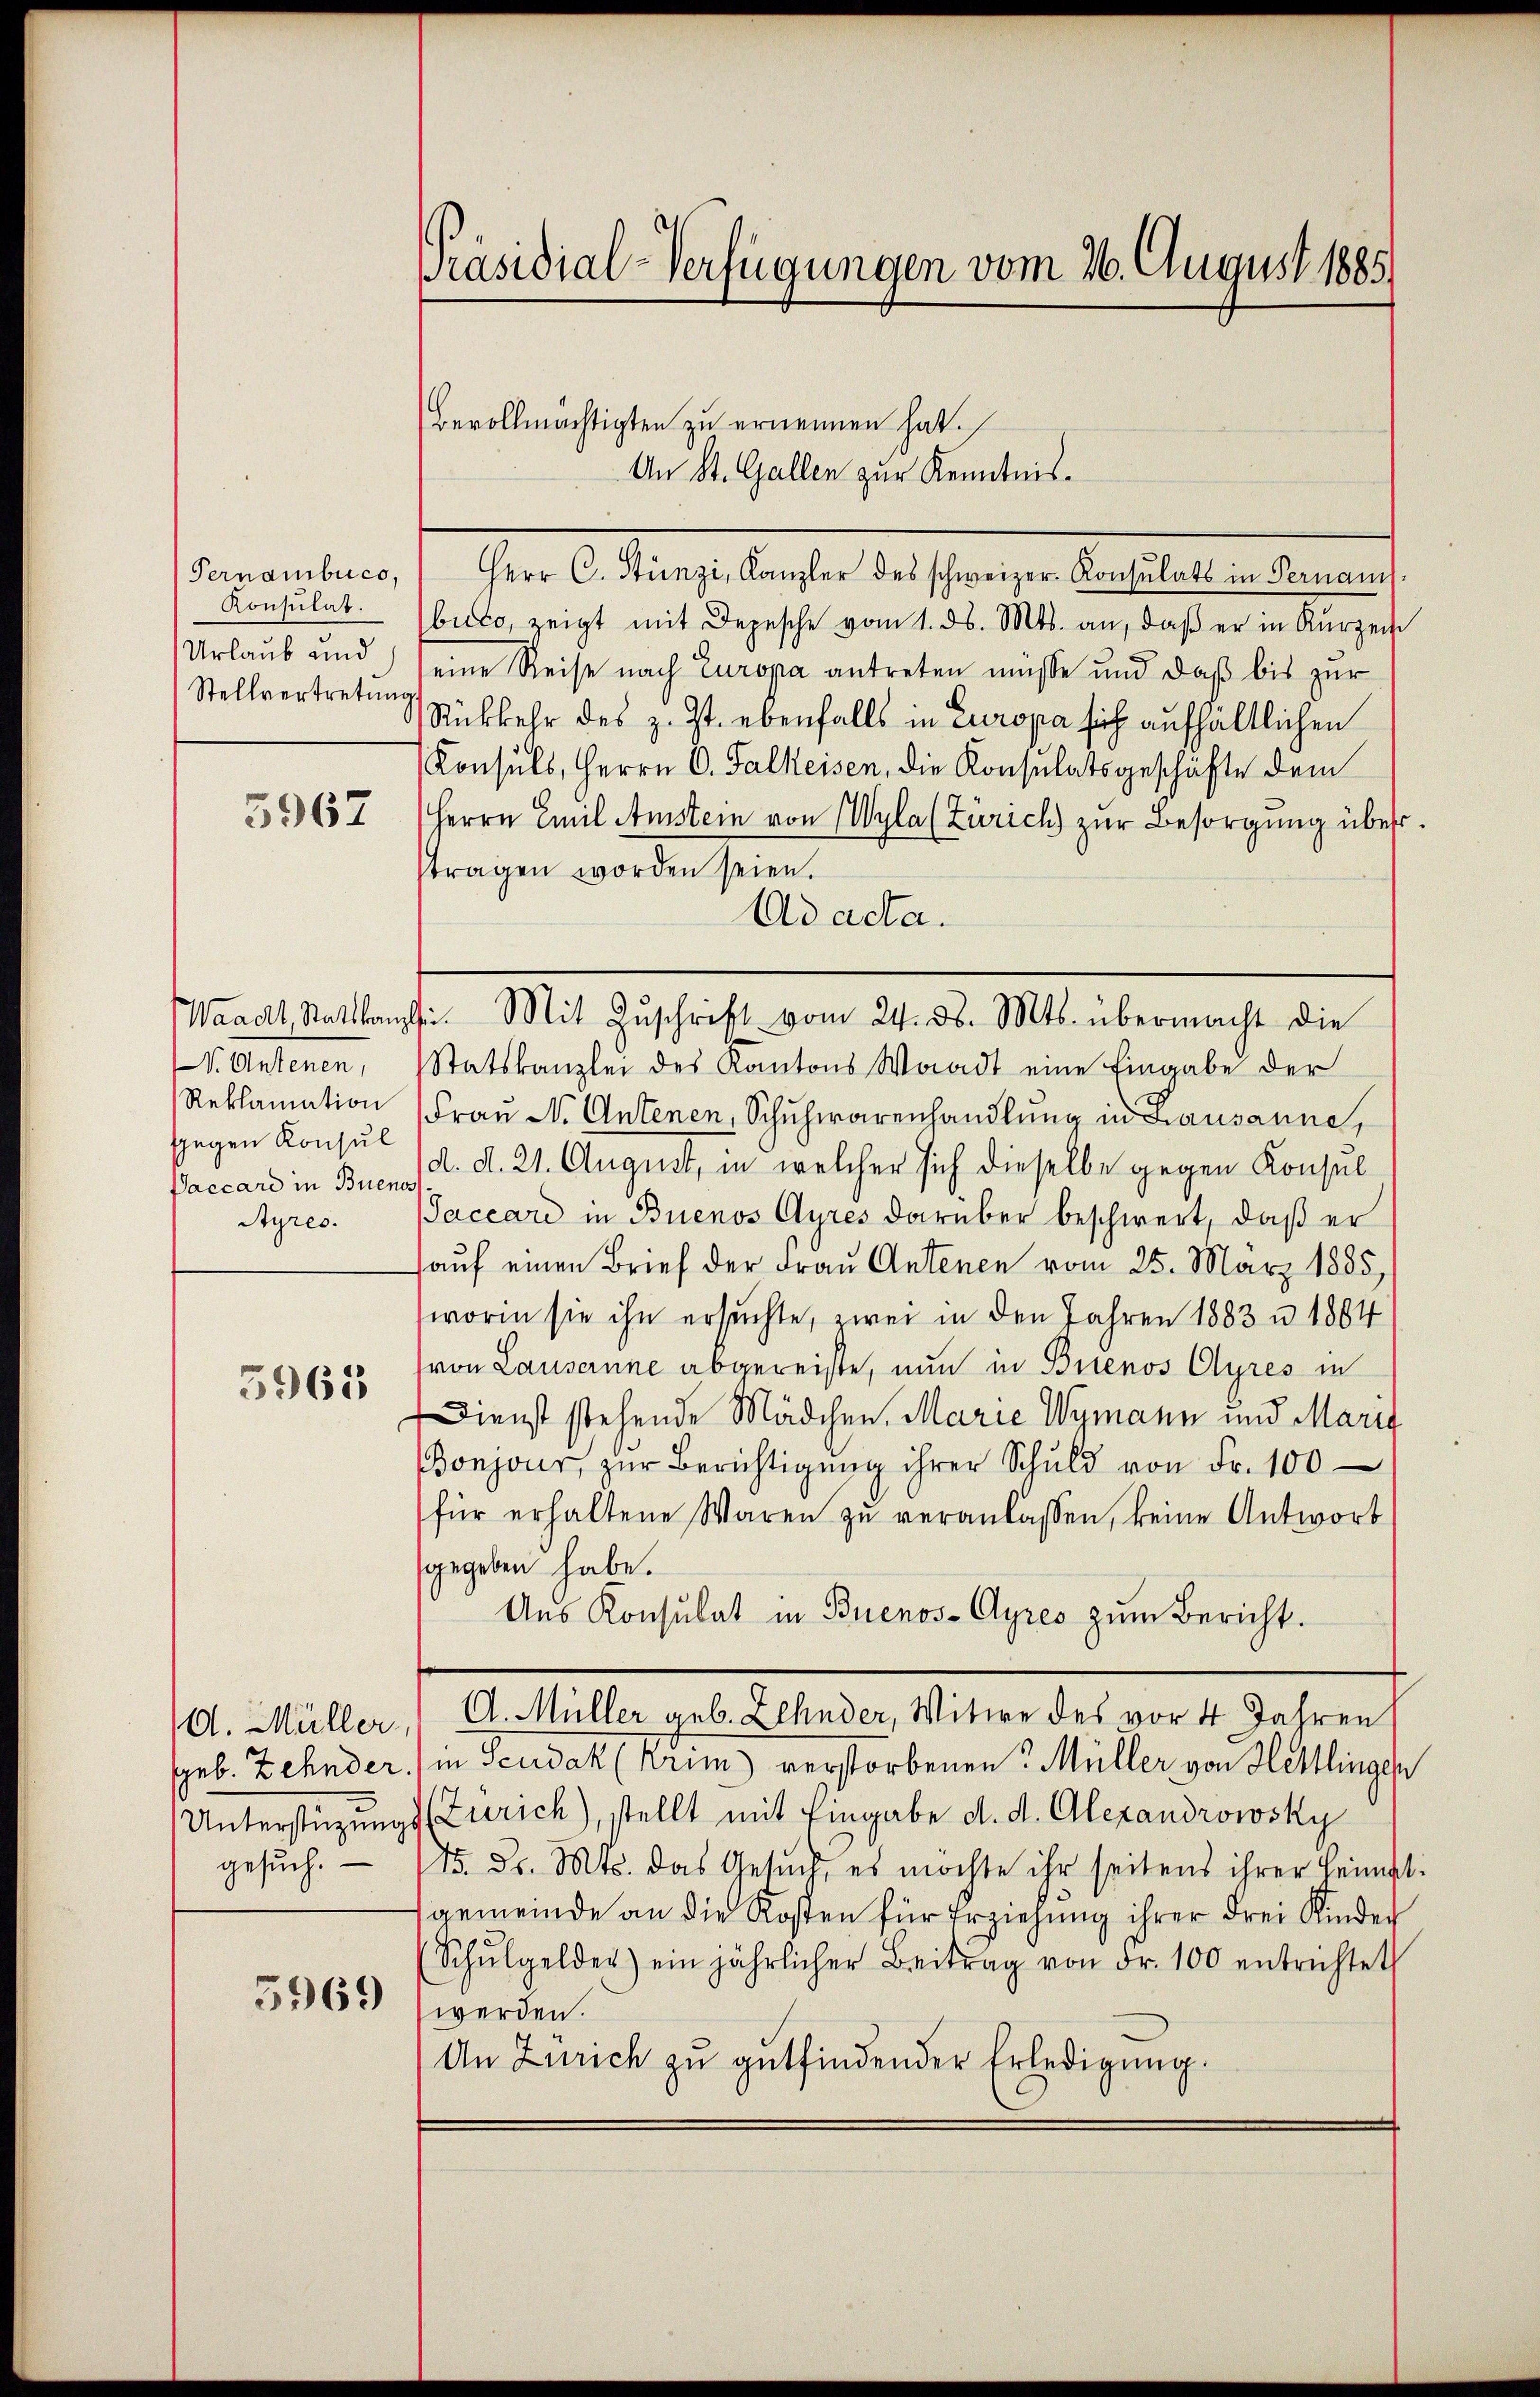
Pernambucs,
Konsulat.
Stellvertretŭng

5967

N. Anstenen,
gegen Konsul
Styres.

5961

gesuch.

5969

Präsidial-Verfügungen vom 26. August 1885)

Herr C. Stünzi, Kanzler des schweizer. Konsulats in Pernann-
buto, zeigt mit Depesche vom 1. ds. Mts. an, daβ er in Kurzen
Urlaub und eine Reise nach Europa antreten müsse und daß bis zur
Rückkehr des z. Zt. ebenfalls in Europa sich aufhaltlichen
Konsuls, Herrn C. Falkeisen, die Konsulatsgeschäfte dem
Herrn Emil Amstein von Wyla (Zürich zur Besorgung übertragen worden seien.
Ad acta.
Statskanzlei des Kantons Waadt eine Eingabe der
Reklamation Fraŭ N. Antenen, Schuhwarenhandlŭng in Lausanne,
Vaccard in Bueno d. d. 21. August, in welcher sich dieselbe gegen Konsul
Jaccari in Buenos Ayres darüber beschwert, daß er
aŭf einen Brief der Frau Antenen vom 25. März 1885,
worin sie ihn ersuchte, zwei in den Jahren 1883 u. 1864
von Lausanne abgereiste, nun in Buenos Ayres in
Dienst stehende Mädchen, Marie Wymann und Marie
onjour, zŭr Berichtigŭng ihrer Schuld von Fr. 100
für erhaltene Waren zu veranlassen, keine Antwort
sgegeben habe.
Ans Konsulat in Buenos-Ayres zum Bericht.
A. Müller, " A. Müller geb. Zehnder, Witwe des vor 4 Jahren
Geb. Zehnder) in Seudak (Krim) verstorbenen Müller von Hettlingen
Unterstüzungs (Zürich), stellt mit Eingabe d. d. Alexandrowsky
15. Dr. Mts. das Gesŭch, es möchte ihr seitens ihrer Heimat:
gemeinde an die Kosten für Erziehung ihrer drei Kinder
Schŭlgelder) ein jährlicher Beitrag von Fr. 100 entrichtet
werden.
An Zürich zu gutfindender Erledigŭng.

Bevollmächtigten zu ernennen hat.
An St. Gallen zur Kenntnis.

Waadt, Stattkanzlei. Mit Zŭschrift vom 24. ds. Mts. übermacht die